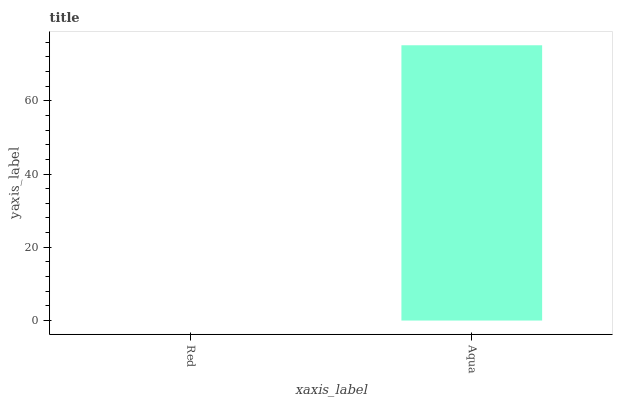
| xaxis_label | bars |
 | --- | --- |
 | Red | 0 |
 | Aqua | 75.1 |